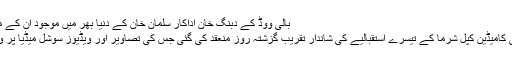
بالی ووڈ کے دبنگ خان اداکار سلمان خان کے دنیا بھر میں موجود اُن کے مداح مزید پڑھیں
نئی دہلی: بھارتی کامیڈین کپل شرما کے تیسرے استقبالیے کی شاندار تقریب گزشتہ روز منعقد کی گئی جس کی تصاویر اور ویڈیوز سوشل میڈیا پر وائرل ہورہی ہیں۔